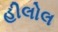
હીલોલ